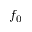
f _ { 0 }